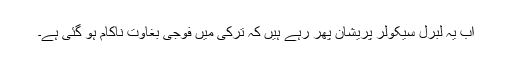
اب یہ لبرل سیکولر پریشان پھر رہے ہیں کہ ترکی میں فوجی بغاوت ناکام ہو گئی ہے۔